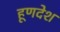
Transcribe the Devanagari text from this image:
हूणदेश